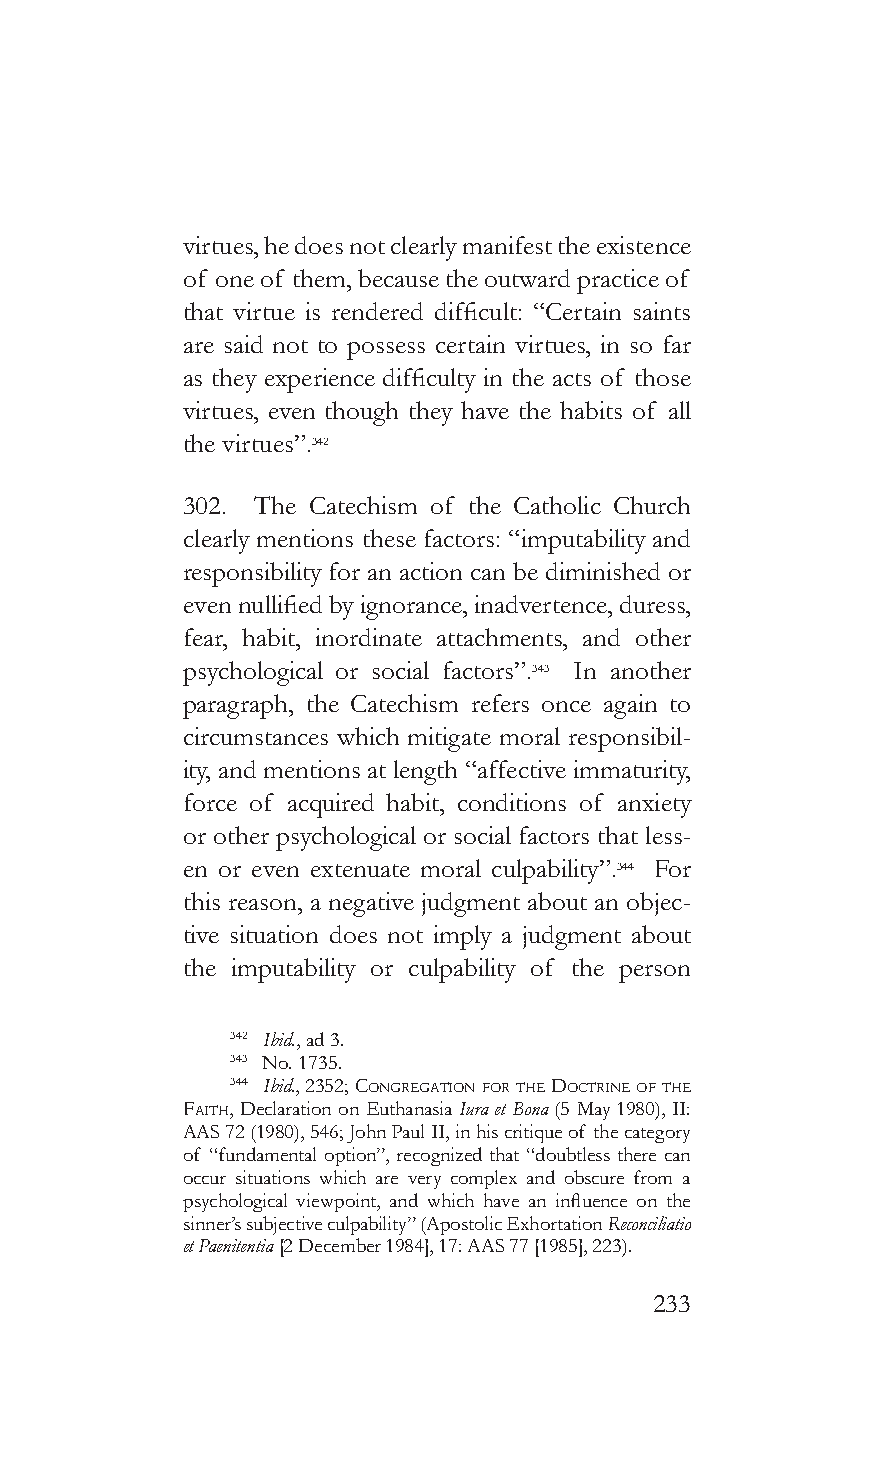
virtues, he does not clearly manifest the existence
 of one of them, because the outward practice of
 that virtue is rendered difficult: “Certain saints
 are said not to possess certain virtues, in so far
 as they experience difficulty in the acts of those
 virtues, even though they have the habits of all
 the virtues”.342
 302. The Catechism of the Catholic Church
 clearly mentions these factors: “imputability and
 responsibility for an action can be diminished or
 even nullified by ignorance, inadvertence, duress,
 fear, habit, inordinate attachments, and other
 psychological or social factors”.343 In another
 paragraph, the Catechism refers once again to
 circumstances which mitigate moral responsibil-
 ity, and mentions at length “affective immaturity,
 force of acquired habit, conditions of anxiety
 or other psychological or social factors that less-
 en or even extenuate moral culpability”.344 For
 this reason, a negative judgment about an objec-
 tive situation does not imply a judgment about
 the imputability or culpability of the person
 342 Ibid., ad 3.
 343 No. 1735.
 344 Ibid., 2352; conGreGaTion for The docTrine of The
 faiTh, Declaration on Euthanasia Iura et Bona (5 May 1980), II:
 AAS 72 (1980), 546; John Paul II, in his critique of the category
 of “fundamental option”, recognized that “doubtless there can
 occur situations which are very complex and obscure from a
 psychological viewpoint, and which have an influence on the
 sinner’s subjective culpability” (Apostolic Exhortation Reconciliatio
 et Paenitentia [2 December 1984], 17: AAS 77 [1985], 223).
 233